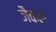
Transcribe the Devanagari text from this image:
जैकल